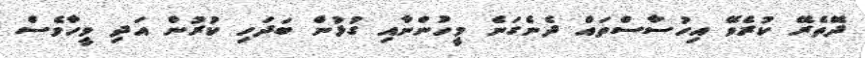
ދޭތެރޭ ކުރެވޭ އިހުސާސްތައް ދެނެގަނެ މީހުންނާއި ގުޅުން ބަދަހި ކުރުން އަދި ވީހާވެސް